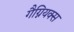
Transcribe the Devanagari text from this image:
गैग्नियक्स